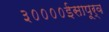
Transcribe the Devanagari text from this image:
३००००ईसापूर्व